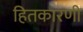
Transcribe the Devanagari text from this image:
हितकारणी